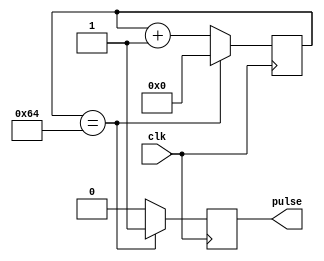
module pulse_generator (
    input clk,
    output reg pulse
);

reg [31:0] count;
reg [31:0] pulse_width;
reg [31:0] compare_val;

always @(posedge clk) begin
    if (count == compare_val) begin
        pulse <= 1;
        count <= 0;
    end else begin
        pulse <= 0;
        count <= count + 1;
    end
end

initial begin
    pulse_width <= 100; // set the desired pulse width here
    compare_val <= pulse_width;
end

endmodule